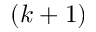
\left( k + 1 \right)